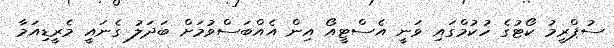
ސުޕްރީމު ކޯޓުގެ ހުކުމްގައި ވަނީ އެސްޓީއޯ އިން އެއްބަސްވުމަށް ބަދަލު ގެނައީ މެރީޑިއަމާ